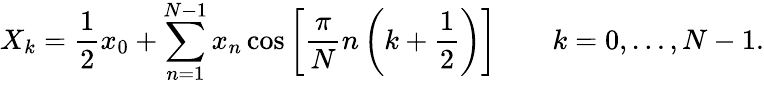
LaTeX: X_{k}={\frac{1}{2}}x_{0}+\sum_{n=1}^{N-1}x_{n}\cos\left[{\frac{\pi}{N}}n\left(k+{\frac{1}{2}}\right)\right]\quad\quad k=0,\dots,N-1.